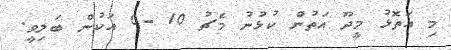
މި އަތޮޅު މީދޫ އަތުން ކުޅުނު މެޗު 10 -0 އަކުން ބަލިވީ.